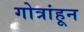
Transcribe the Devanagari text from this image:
गोत्रांहून